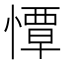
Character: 憛